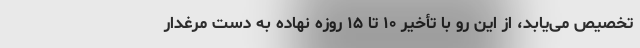
تخصیص می‌یابد، از این رو با تأخیر ۱۰ تا ۱۵ روزه نهاده به دست مرغدار